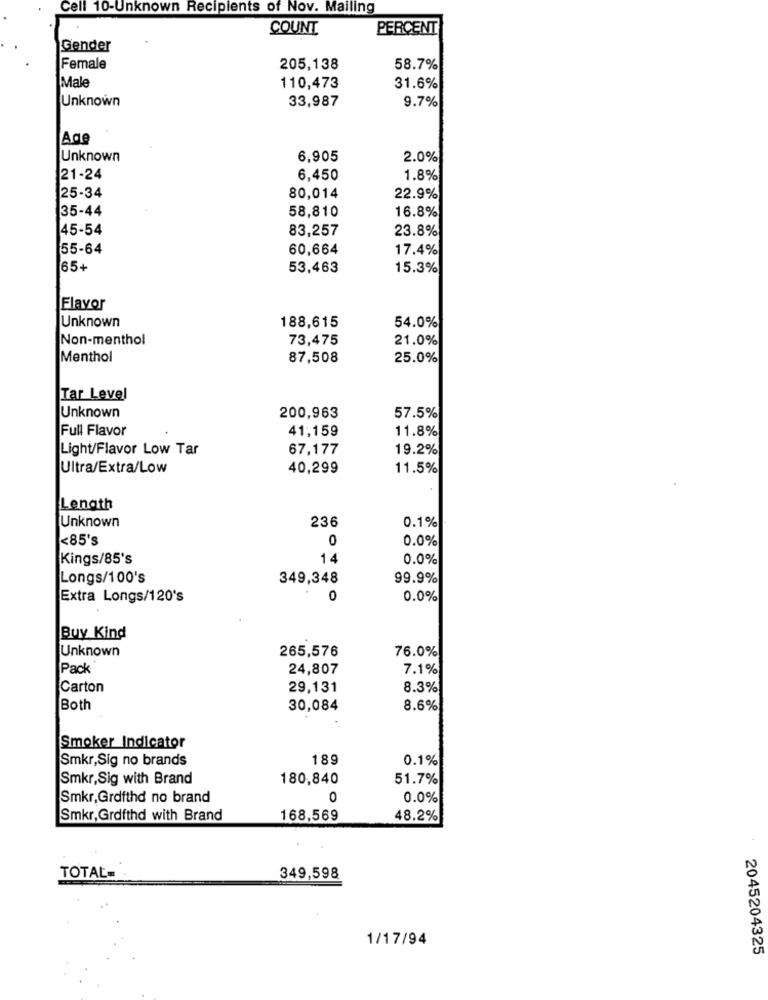
Cell 10-Unknown Recipients of Nov. Mailing
COUNT
PERCENT
Gender
Female
205,138
58.7%
Male
110,473
31.6%
Unknown
33,987
9.7%
Age
Unknown
6,905
2.0%
21-24
6,450
1.8%
25-34
80,014
22.9%
35-44
58,810
16.8%
45-54
83,257
23.8%
55-64
60,664
17.4%
65+
53,463
15.3%
Flavor
Unknown
188,615
54.0%
Non-menthol
73,475
21.0%
Menthol
87,508
25.0%
Tar Level
Unknown
200,963
57.5%
Full Flavor
41,159
11.8%
Light/Flavor Low Tar
67,177
19.2%
Ultra/Extra/Low
40,299
11.5%
Length
Unknown
236
0.1%
<85's
0
0.0%
Kings/85's
14
0.0%
Longs/100's
349,348
99.9%
Extra Longs/120's
0
0.0%
Buy Kind
Unknown
265,576
76.0%
Pack
24,807
7.1%
Carton
29,131
8.3%
Both
30,084
8.6%
Smoker Indicator
Smkr,Sig no brands
189
0.1%
Smkr,Sig with Brand
180,840
51.7%
Smkr, Grdfthd no brand
0
0.0%
Smkr, Grofthd with Brand
168,569
48.2%
TOTAL=
349,598
1/17/94
2045204325